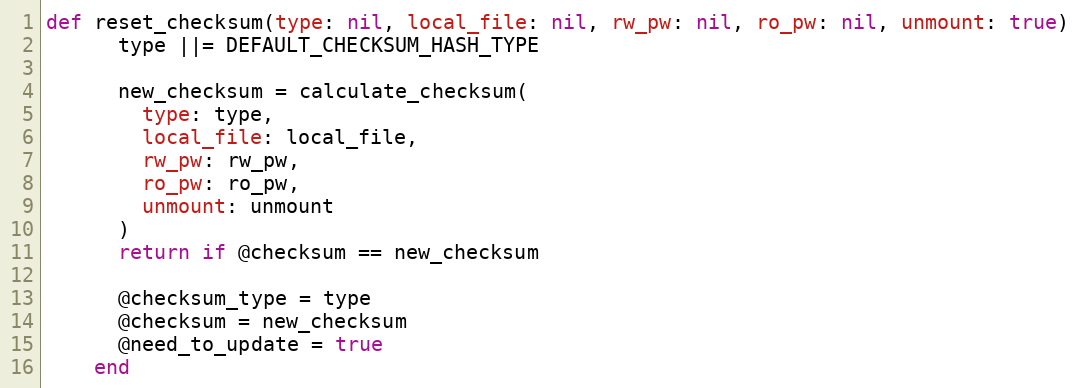
Language: Ruby
def reset_checksum(type: nil, local_file: nil, rw_pw: nil, ro_pw: nil, unmount: true)
      type ||= DEFAULT_CHECKSUM_HASH_TYPE

      new_checksum = calculate_checksum(
        type: type,
        local_file: local_file,
        rw_pw: rw_pw,
        ro_pw: ro_pw,
        unmount: unmount
      )
      return if @checksum == new_checksum

      @checksum_type = type
      @checksum = new_checksum
      @need_to_update = true
    end